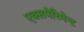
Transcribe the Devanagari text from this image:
एक्सपेरिमेन्ट